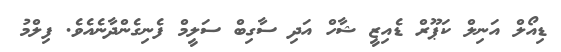
ޑިއޯލް އަނިލް ކަޕޫރް ޑެއިޒީ ޝާހް އަދި ސާގިބް ސަލީމް ފެނިގެންދާނެއެވެ. ފިލްމު